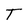
Character: T